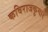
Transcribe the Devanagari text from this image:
कविराजकुमार